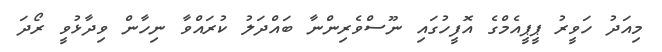
މިއަދު ހަވީރު ޕީޕީއެމްގެ އޮފީހުގައި ނޫސްވެރިންނާ ބައްދަލު ކުރައްވާ ނިހާން ވިދާޅުވީ ރޯދަ